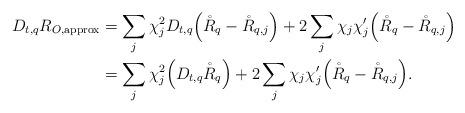
LaTeX: \begin{align*} D_{t,q} R_{O,{\rm approx}} &= \sum_j \chi_j^2 D_{t,q}\Big( \mathring R_q - \mathring R_{q,j} \Big) + 2 \sum_j \chi_j \chi_j' \Big( \mathring R_q - \mathring R_{q,j} \Big) \\ &= \sum_j \chi_j^2 \Big(D_{t,q} \mathring R_q\Big) + 2 \sum_j \chi_j \chi_j' \Big( \mathring R_q - \mathring R_{q,j} \Big).\end{align*}